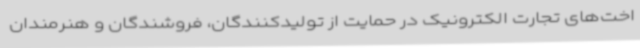
اخت‌های تجارت الکترونیک در حمایت از تولیدکنندگان، فروشندگان و هنرمندان